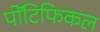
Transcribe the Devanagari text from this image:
पोंटिफिकल